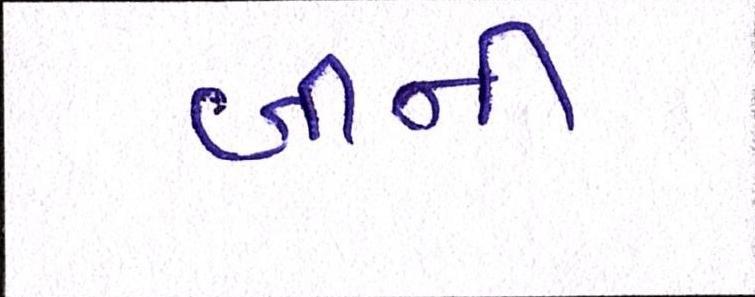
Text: બીની